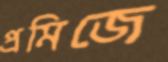
প্রমিজে